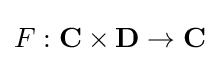
F:\mathbf {C} \times \mathbf {D} \to \mathbf {C}